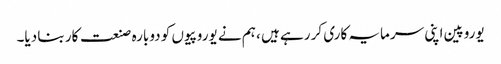
یوروپین اپنی سرمایہ کاری کر رہے ہیں ، ہم نے یوروپیوں کو دوبارہ صنعت کار بنا دیا۔